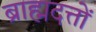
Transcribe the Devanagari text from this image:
ब्राह्मदत्तों